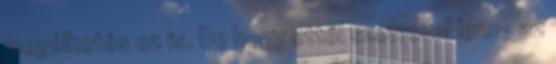
megélhetés ez is. De hogy ettől színvonal lenne az